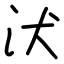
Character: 汱